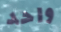
واحد